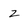
Character: z